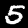
Label: 5